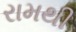
રામથી